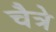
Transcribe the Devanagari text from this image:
चैत्रे